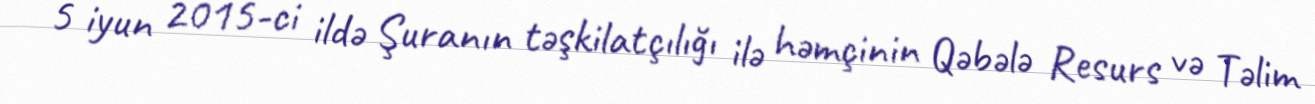
5 iyun 2015-ci ildə Şuranın təşkilatçılığı ilə həmçinin Qəbələ Resurs və Təlim